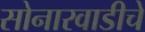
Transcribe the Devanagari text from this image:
सोनारवाडीचे